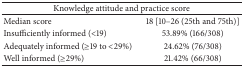
| <COLSPAN=2> Knowledge attitude and practice score |
 | --- | --- |
 | Median score | 18 [10–26 (25th and 75th)] |
 | Insufficiently informed (<19) | 53.89% (166/308) |
 | Adequately informed (≥19 to <29%) | 24.62% (76/308) |
 | Well informed (≥29%) | 21.42% (66/308) |